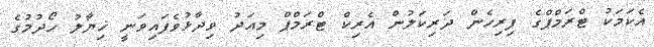
އެކަމަކު ޓްރަމްޕްގެ ފިރިހެން ދަރިކަލުން އެރިކް ޓްރަމްޕް މިއަދު ވިދާޅުވެފައިވަނީ ޚިޔާލު ހޯދުމުގެ